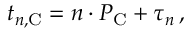
t _ { n , \mathrm C } = n \cdot P _ { \mathrm C } + \tau _ { n } \, ,